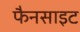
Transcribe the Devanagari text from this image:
फैनसाइट